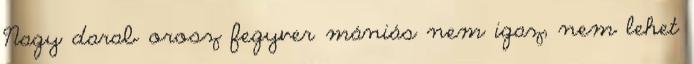
Nagy darab orosz fegyver mániás nem igaz, nem lehet